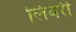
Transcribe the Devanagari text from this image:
लिबरी